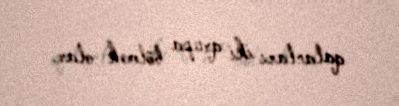
qalanları iki qrupa bölmək olar.